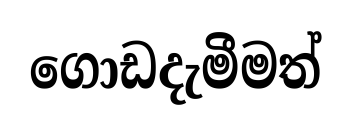
ගොඩදැමීමත්